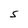
Character: S